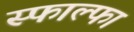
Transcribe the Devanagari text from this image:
स्फाल्फा